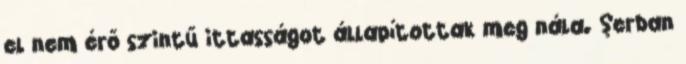
el nem érő szintű ittasságot állapítottak meg nála. Şerban